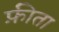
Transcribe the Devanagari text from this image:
फ़ीता